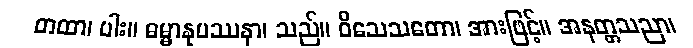
တထာ၊ ပါး။ ဓမ္မာနုပဿနာ၊ သည်။ ဝိသေသတော၊ အားဖြင့်။ အနတ္တသညာ၊